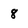
Character: 8